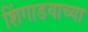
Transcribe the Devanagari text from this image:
शिंगाडयाच्या